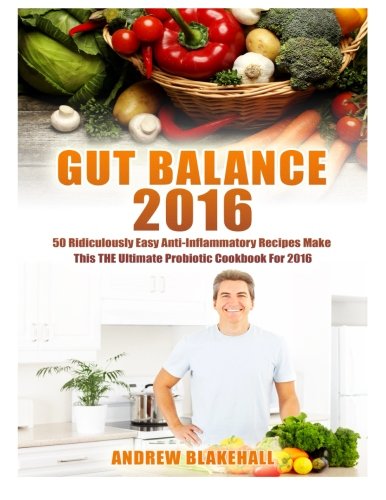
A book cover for Gut Balance: 2016 50 Ridiculously Easy Anti-Inflammatory Recipes Make This THE Ultimate Probiotic Cookbook; Andrew Blakehall; Health, Fitness & Dieting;